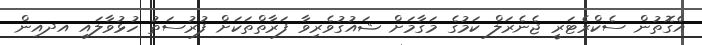
އެގޮތުން ސެކްރެޓަރީ ޖެނެރަލް ކަމުގެ މަގާމަށް ޝައުގުވެރިވާ ފަރާތްތަކަށް ފުރުސަތު ހުޅުވާލައި އދއިން